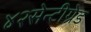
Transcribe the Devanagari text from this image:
४२सेन्टीग्रेड